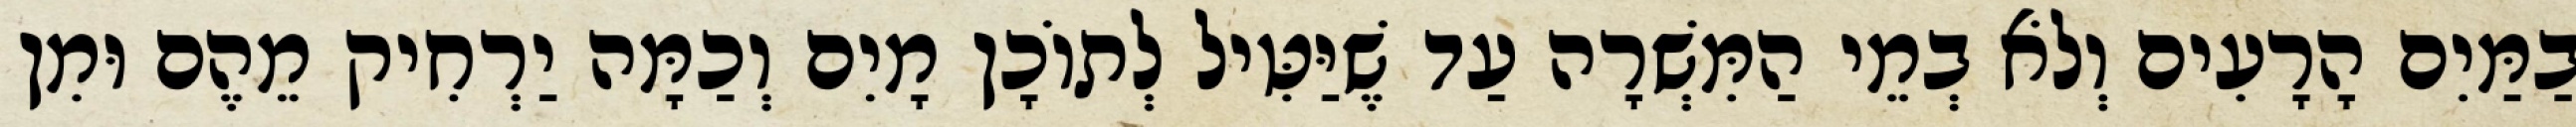
בַמַּיִם הָרָעִים וְלֹא בְמֵי הַמִּשְׁרָה עַד שֶׁיַּטִּיל לְתוֹכָן מָיִם וְכַמָּה יַרְחִיק מֵהֶם וּמִן